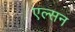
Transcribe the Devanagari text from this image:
एल्सन